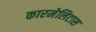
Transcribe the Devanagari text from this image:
कारमेलिटास